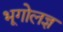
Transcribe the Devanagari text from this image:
भूगोलज्ञ